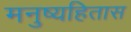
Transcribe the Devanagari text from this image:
मनुष्यहितास